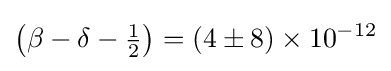
\left(\beta -\delta -{\tfrac {1}{2}}\right)=(4\pm 8)\times 10^{-12}